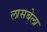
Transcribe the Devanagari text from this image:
लासबेला